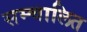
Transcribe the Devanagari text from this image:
सम्चालित